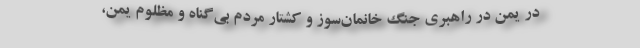
در یمن در راهبری جنگ خانمان‌سوز و کشتار مردم بی‌گناه و مظلوم یمن،